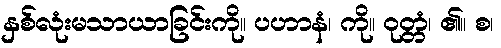
နှစ်လုံးမသာယာခြင်းကို။ ပဟာနံ၊ ကို။ ဝုတ္တံ၊ ၏။ စ၊